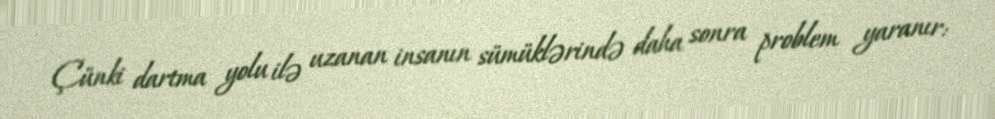
Çünki dartma yolu ilə uzanan insanın sümüklərində daha sonra problem yaranır: